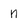
Character: n